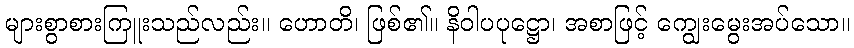
များစွာစားကြူးသည်လည်း။ ဟောတိ၊ ဖြစ်၏။ နိဝါပပုဋ္ဌော၊ အစာဖြင့် ကျွေးမွေးအပ်သော။